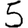
Digit: 5